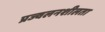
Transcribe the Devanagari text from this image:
प्रज्वलनशीलता